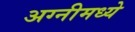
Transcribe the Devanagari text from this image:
अग्नीमध्ये